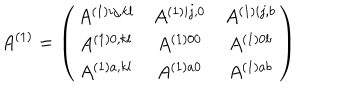
A ^ { ( 1 ) } = \left( \begin{array} { c c c } { { A ^ { ( 1 ) i j , k l } } } & { { A ^ { ( 1 ) i j , 0 } } } & { { A ^ { ( 1 ) i j , b } } } \\ { { A ^ { ( 1 ) 0 , k l } } } & { { A ^ { ( 1 ) 0 0 } } } & { { A ^ { ( 1 ) 0 b } } } \\ { { A ^ { ( 1 ) a , k l } } } & { { A ^ { ( 1 ) a 0 } } } & { { A ^ { ( 1 ) a b } } } \\ \end{array} \right)